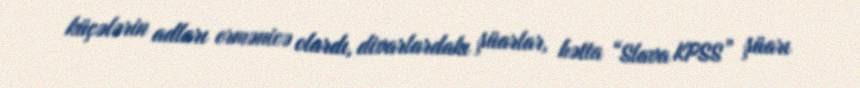
küçələrin adları ermənicə olardı, divarlardakı şüarlar, hətta “Slava KPSS” şüarı